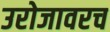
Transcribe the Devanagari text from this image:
उरोजावरच